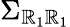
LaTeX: \Sigma_{\mathbb{R}_{1}\mathbb{R}_{1}}